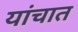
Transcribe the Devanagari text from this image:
यांचात